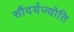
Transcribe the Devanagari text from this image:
सौंदर्यज्योति